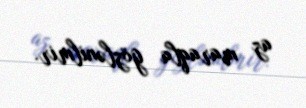
az maraqla gözlənilmir.